Statistical return of the lunatic asylum in Assam - 1912-1932
Year: 1912
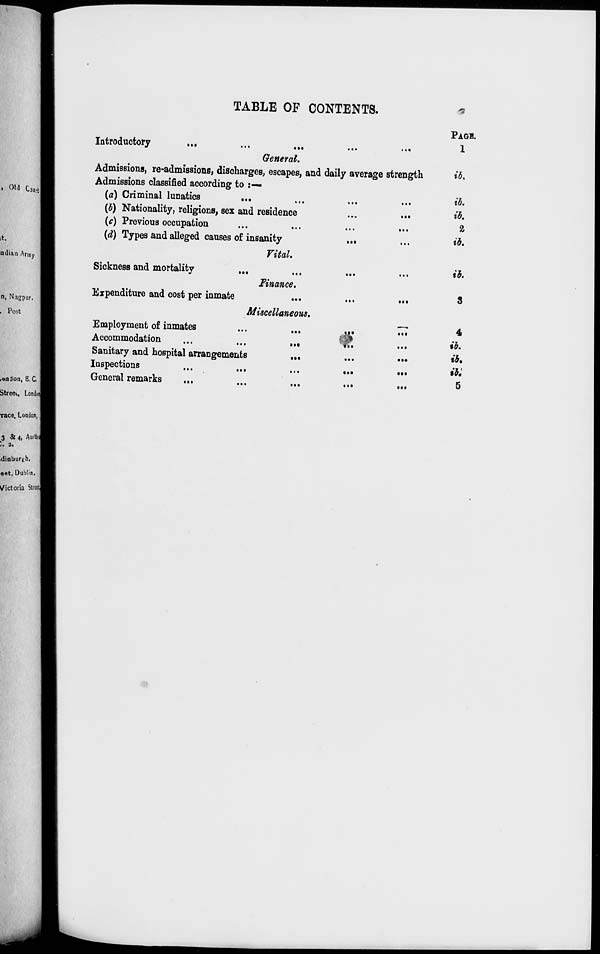
TABLE OF CONTENTS.
, ou c well
it.
ndian Army
n, Nagpur.
. Post
.on'Jon, E. C,
Street, Londod
Introductory
...
...
...
...
..«
General.
Admissions, re-admissions, discharges, escapes, and daily average strength
Admissions classified according to :—
(a) Criminal lunatics
...
(b) Nationality, religions, sex and residence
...
...
(c) Previous occupation
(d) Types and alleged causes of insanity
...
Vital.
Sickness and mortality
.,
Expenditure and cost per inmate
Finance.
Miscellaneous.
Employment of inmates
Accommodation
Sanitary and hospital arrangements
Inspections
General remarks
...
...
•••
...
...
•••
•••
PAGE.
1
ib.
ib.
ib.
%
ib.
ib.
3
4
ib.
ib,
ib:
5
Tace. London,
3 & 4, Auithij
'.. 2.
■ dinburgh.
aet, Dublin.
Victoria Street!